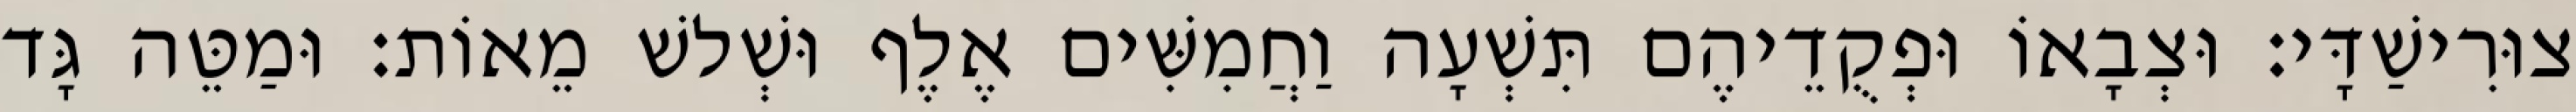
צוּרִישַׁדָּי׃ וּצְבָאוֹ וּפְקֻדֵיהֶם תִּשְׁעָה וַחֲמִשִּׁים אֶלֶף וּשְׁלשׁ מֵאוֹת׃ וּמַטֵּה גָּד